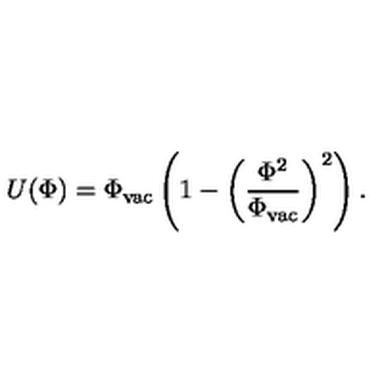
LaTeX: U ( \Phi ) = \Phi _ { \mathrm { v a c } } \left( 1 - \left( \frac { \Phi ^ { 2 } } { \Phi _ { \mathrm { v a c } } } \right) ^ { 2 } \right) .